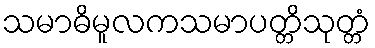
သမာဓိမူလကသမာပတ္တိသုတ္တံ